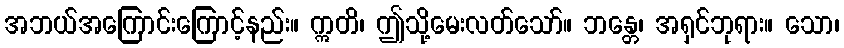
အဘယ်အကြောင်းကြောင့်နည်း။ ဣတိ၊ ဤသို့မေးလတ်သော်။ ဘန္တေ၊ အရှင်ဘုရား။ သော၊